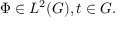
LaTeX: \Phi \in L ^ { 2 } ( G ) , t \in G .